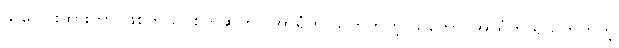
ခု ပေါင်းထားတာ ဖြစ်တယ်၊ စိတ်ဆိုတာ အာရုံကို သိတတ်တဲ့ သဘော၊ အာရုံကို ရယူတတ်တဲ့